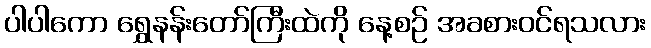
ပါပါကော ရွှေနန်းတော်ကြီးထဲကို နေ့စဉ် အခစားဝင်ရသလား